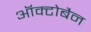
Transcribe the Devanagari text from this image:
ऑक्टोबैन